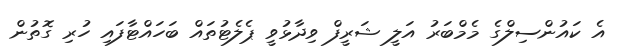
އެ ކައުންސިލްގެ މެމްބަރު އަލީ ޝަރީފް ވިދާޅުވީ ޕެލެޓުތައް ބަހައްޓާފައި ހުރި ގޮތުން